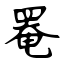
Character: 罨